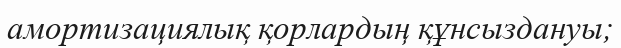
амортизациялық қорлардың құнсыздануы;